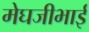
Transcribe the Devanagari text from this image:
मेघजीभाई